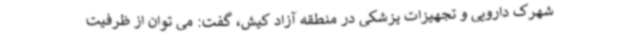
شهرک دارویی و تجهیزات پزشکی در منطقه آزاد کیش، گفت: می توان از ظرفیت